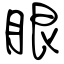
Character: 眼